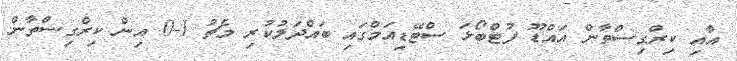
އާއި ކިރްގިސްތާން އައްޑޫ ފުޓްބޯޅަ ސްޓޭޑިއަމްގައި ބައްދަލުކުރި މެޗު 1-0 އިން ކިރްގިސްތާން